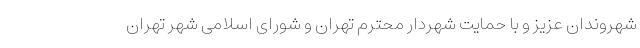
شهروندان عزیز و با حمایت شهردار محترم تهران و شورای اسلامی شهر تهران